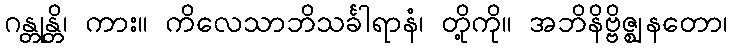
ဂန္တုန္တိ၊ ကား။ ကိလေသာဘိသင်္ခါရာနံ၊ တို့ကို။ အဘိနိဗ္ဗိဇ္ဈနတော၊